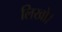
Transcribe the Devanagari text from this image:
लिखो।